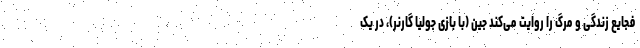
فجایع زندگی و مرگ را روایت می‌کند جین (با بازی جولیا گارنر)، در یک